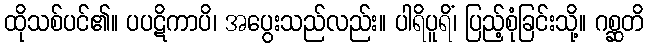
ထိုသစ်ပင်၏။ ပပဋိကာပိ၊ အပွေးသည်လည်း။ ပါရိပူရိံ၊ ပြည့်စုံခြင်းသို့။ ဂစ္ဆတိ